Civil Veterinary Department Bihar & Orissa reports 1929-36 - 1929-1936
Year: 1929
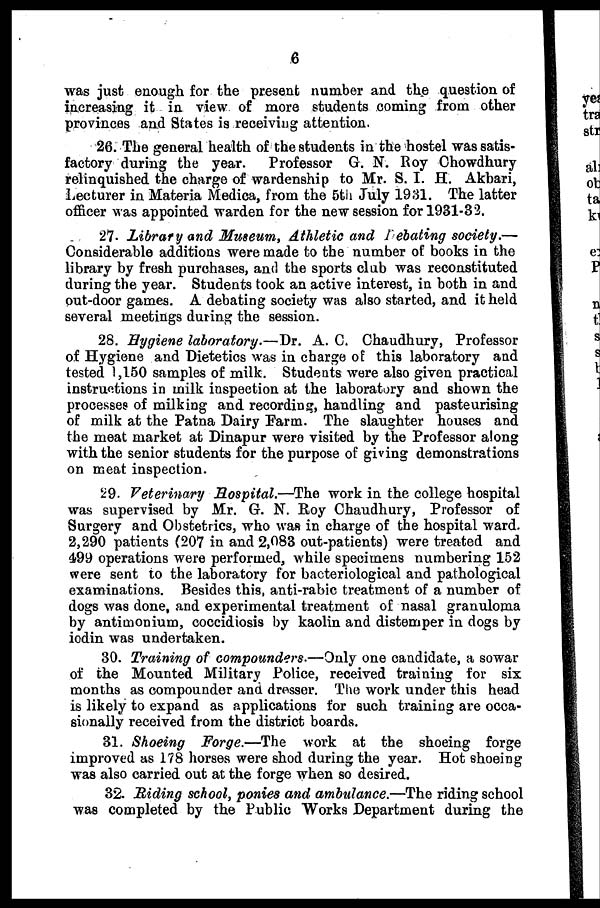
6
was just enough for the present number and the question of
increasing it in view of more students coming from other
provinces and States is receiving attention.
26. The general health of the students in the hostel was satis-
factory during the year.
Professor G. N. Roy Chowdhury
relinquished the charge of wardenship to Mr. S. I. H. Akbari,
Lecturer in Materia Medica, from the 5th July 1931. The latter
officer was appointed warden for the new session for 1931-32.
27. Library and Museum, Athletic and Debating society.—
Considerable additions were made to the number of books in the
library by fresh purchases, and the sports club was reconstituted
during the year. Students took an active interest, in both in and
out-door games. A debating society was also started, and it held
several meetings during the session.
28. Hygiene laboratory.—Dr. A. C. Chaudhury, Professor
of Hygiene and Dietetics was in charge of this laboratory and
tested 1,150 samples of milk. Students were also given practical
instructions in milk inspection at the laboratory and shown the
processes of milking and recording, handling and pasteurising
of milk at the Patna Dairy Farm. The slaughter houses and
the meat market at Dinapur were visited by the Professor along
with the senior students for the purpose of giving demonstrations
on meat inspection.
29. Veterinary Hospital.—The work in the college hospital
was supervised by Mr. G. N. Roy Chaudhury, Professor of
Surgery and Obstetrics, who was in charge of the hospital ward.
2,290 patients (207 in and 2,083 out-patients) were treated and
499 operations were performed, while specimens numbering 152
were sent to the laboratory for bacteriological and pathological
examinations. Besides this, anti-rabic treatment of a number of
dogs was done, and experimental treatment of nasal granuloma
by antimonium, coccidiosis by kaolin and distemper in dogs by
iodin was undertaken.
30. Training of compounders-—Only one candidate, a sowar
of the Mounted Military Police, received training for six
months as compounder and dresser. The work under this head
is likely to expand as applications for such training are occa-
sionally received from the district boards.
31. Shoeing Forge.—The work at the shoeing forge
improved as 178 horses were shod during the year. Hot shoeing
was also carried out at the forge when so desired.
32. Riding school, ponies and ambulance.—The riding school
was completed by the Public Works Department during the